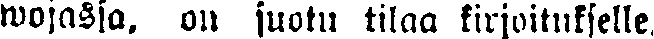
wojassa, on suotu tilaa kirjoitukselle.